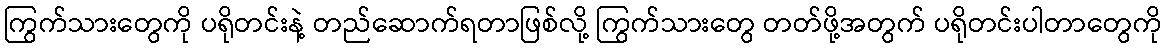
ကြွက်သားတွေကို ပရိုတင်းနဲ့ တည်ဆောက်ရတာဖြစ်လို့ ကြွက်သားတွေ တတ်ဖို့အတွက် ပရိုတင်းပါတာတွေကို